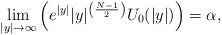
LaTeX: \begin{align*} {\lim_{|y|\to\infty}\left( e^{|y|} |y|^{ \left(\frac{N-1}{2}\right)}{U}_0(|y|)\right)=\alpha, } \end{align*}